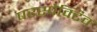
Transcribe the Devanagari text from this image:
परस्पेक्टिव